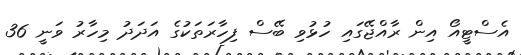
އެސްޓީއޯ އިން ރާއްޖޭގައި ހުޅުވި ބޭސް ފިހާރަތަކުގެ އަދަދު މިހާރު ވަނީ 36